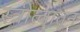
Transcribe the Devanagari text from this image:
स्त्रीत्वातून